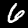
Digit: 6